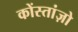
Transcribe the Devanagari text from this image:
कोंस्तांज़ो